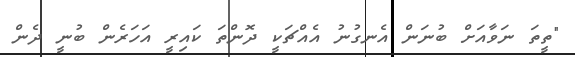
"ތީތަ ނަވާއަށް ބުނަން އެނގުނު އެއްޗަކީ ދޮންތަ ކައިރީ އަހަރެން ބުނީ ދެން